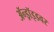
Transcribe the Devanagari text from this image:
ॲन्ड्रॉइडवर